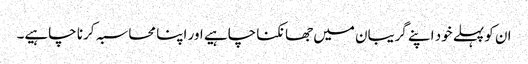
ان کو پہلے خود اپنے گریبان میں جھانکنا چاہیے اور اپنا محاسبہ کرنا چاہیے۔